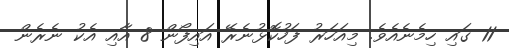
11 ގައި ހިމެނެއެވެ. މިއަހަރު ފަހުކޮޅުނެރޭ އައިފޯން 8 އާއި އެކު ނެރެން